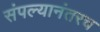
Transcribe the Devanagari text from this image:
संपल्यानंतरच